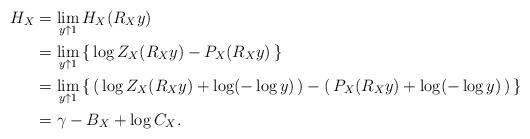
LaTeX: \begin{align*}H_X&=\lim_{y\uparrow 1}H_X(R_Xy)\\&=\lim_{y\uparrow 1} \left\{\,\log Z_X(R_Xy)-P_X(R_Xy)\,\right\}\\&=\lim_{y\uparrow 1} \left\{\,\left(\, \log Z_X(R_Xy)+\log(-\log y) \,\right )-\left(\,P_X(R_Xy)+\log(-\log y) \,\right )\,\right\}\\&=\gamma-B_X+\log C_X.\end{align*}